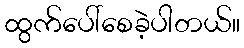
ထွက်ပေါ်စေခဲ့ပါတယ်။